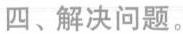
四、解决问题。